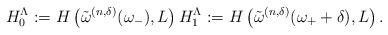
LaTeX: \begin{align*}H_0^\Lambda := H \left( {\tilde{\omega}^{(n,\delta)}(\omega_{-})} ,L \right) H_1^\Lambda := H \left( {\tilde{\omega}^{(n,\delta)}(\omega_{+} + \delta)} ,L \right).\end{align*}